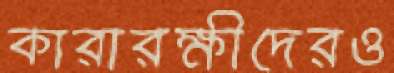
কারারক্ষীদেরও